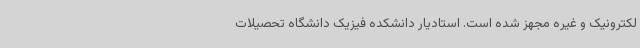
لکترونیک و غیره مجهز شده است. استادیار دانشکده فیزیک دانشگاه تحصیلات